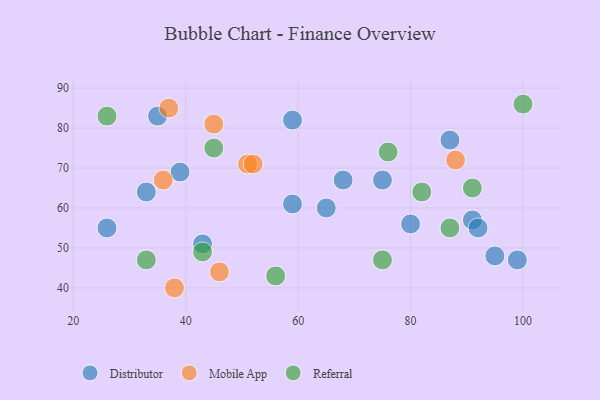
{"axis": {"x": "GDP", "y": "Life Expectancy"}, "legend": ["Distributor", "Mobile App", "Referral"], "data": [{"x": "43", "y": 51, "type": "Distributor"}, {"x": "75", "y": 67, "type": "Distributor"}, {"x": "91", "y": 57, "type": "Distributor"}, {"x": "87", "y": 77, "type": "Distributor"}, {"x": "95", "y": 48, "type": "Distributor"}, {"x": "35", "y": 83, "type": "Distributor"}, {"x": "80", "y": 56, "type": "Distributor"}, {"x": "68", "y": 67, "type": "Distributor"}, {"x": "33", "y": 64, "type": "Distributor"}, {"x": "65", "y": 60, "type": "Distributor"}, {"x": "59", "y": 61, "type": "Distributor"}, {"x": "92", "y": 55, "type": "Distributor"}, {"x": "59", "y": 82, "type": "Distributor"}, {"x": "39", "y": 69, "type": "Distributor"}, {"x": "99", "y": 47, "type": "Distributor"}, {"x": "26", "y": 55, "type": "Distributor"}, {"x": "38", "y": 40, "type": "Mobile App"}, {"x": "88", "y": 72, "type": "Mobile App"}, {"x": "36", "y": 67, "type": "Mobile App"}, {"x": "45", "y": 81, "type": "Mobile App"}, {"x": "46", "y": 44, "type": "Mobile App"}, {"x": "51", "y": 71, "type": "Mobile App"}, {"x": "52", "y": 71, "type": "Mobile App"}, {"x": "37", "y": 85, "type": "Mobile App"}, {"x": "26", "y": 83, "type": "Referral"}, {"x": "87", "y": 55, "type": "Referral"}, {"x": "45", "y": 75, "type": "Referral"}, {"x": "56", "y": 43, "type": "Referral"}, {"x": "33", "y": 47, "type": "Referral"}, {"x": "76", "y": 74, "type": "Referral"}, {"x": "75", "y": 47, "type": "Referral"}, {"x": "82", "y": 64, "type": "Referral"}, {"x": "100", "y": 86, "type": "Referral"}, {"x": "91", "y": 65, "type": "Referral"}, {"x": "43", "y": 49, "type": "Referral"}]}